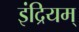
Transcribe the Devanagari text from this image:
इंद्रियम्